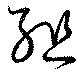
組